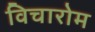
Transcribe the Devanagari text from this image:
विचारोम